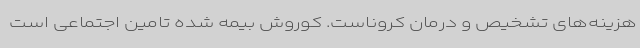
هزینه‌های تشخیص و درمان کروناست. کوروش بیمه شده تامین اجتماعی است